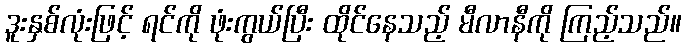
ဒူးနှစ်လုံးဖြင့် ရင်ကို ဖုံးကွယ်ပြီး ထိုင်နေသည့် မီလာနီကို ကြည့်သည်။